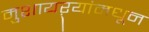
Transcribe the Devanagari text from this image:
मुशायऱ्यांमधून